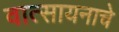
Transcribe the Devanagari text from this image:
वात्सायनाचे